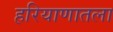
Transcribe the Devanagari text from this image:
हरियाणातला